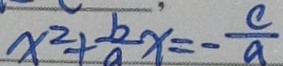
x ^ { 2 } + \frac { b } { a } x = - \frac { c } { a }